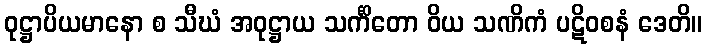
ဝုဋ္ဌာပိယမာနော စ သီဃံ အဝုဋ္ဌာယ သင်္ကိတော ဝိယ သဏိကံ ပဋိဝစနံ ဒေတိ။